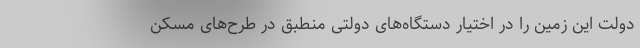
دولت این زمین را در اختیار دستگاه‌های دولتی منطبق در طرح‌های مسکن